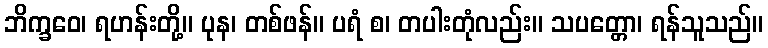
ဘိက္ခဝေ၊ ရဟန်းတို့။ ပုန၊ တစ်ဖန်။ ပရံ စ၊ တပါးတုံလည်း။ သပတ္တော၊ ရန်သူသည်။